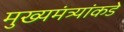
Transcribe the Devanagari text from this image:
मुख्यमंत्र्यांकडे